Riigikantselei, lk 147
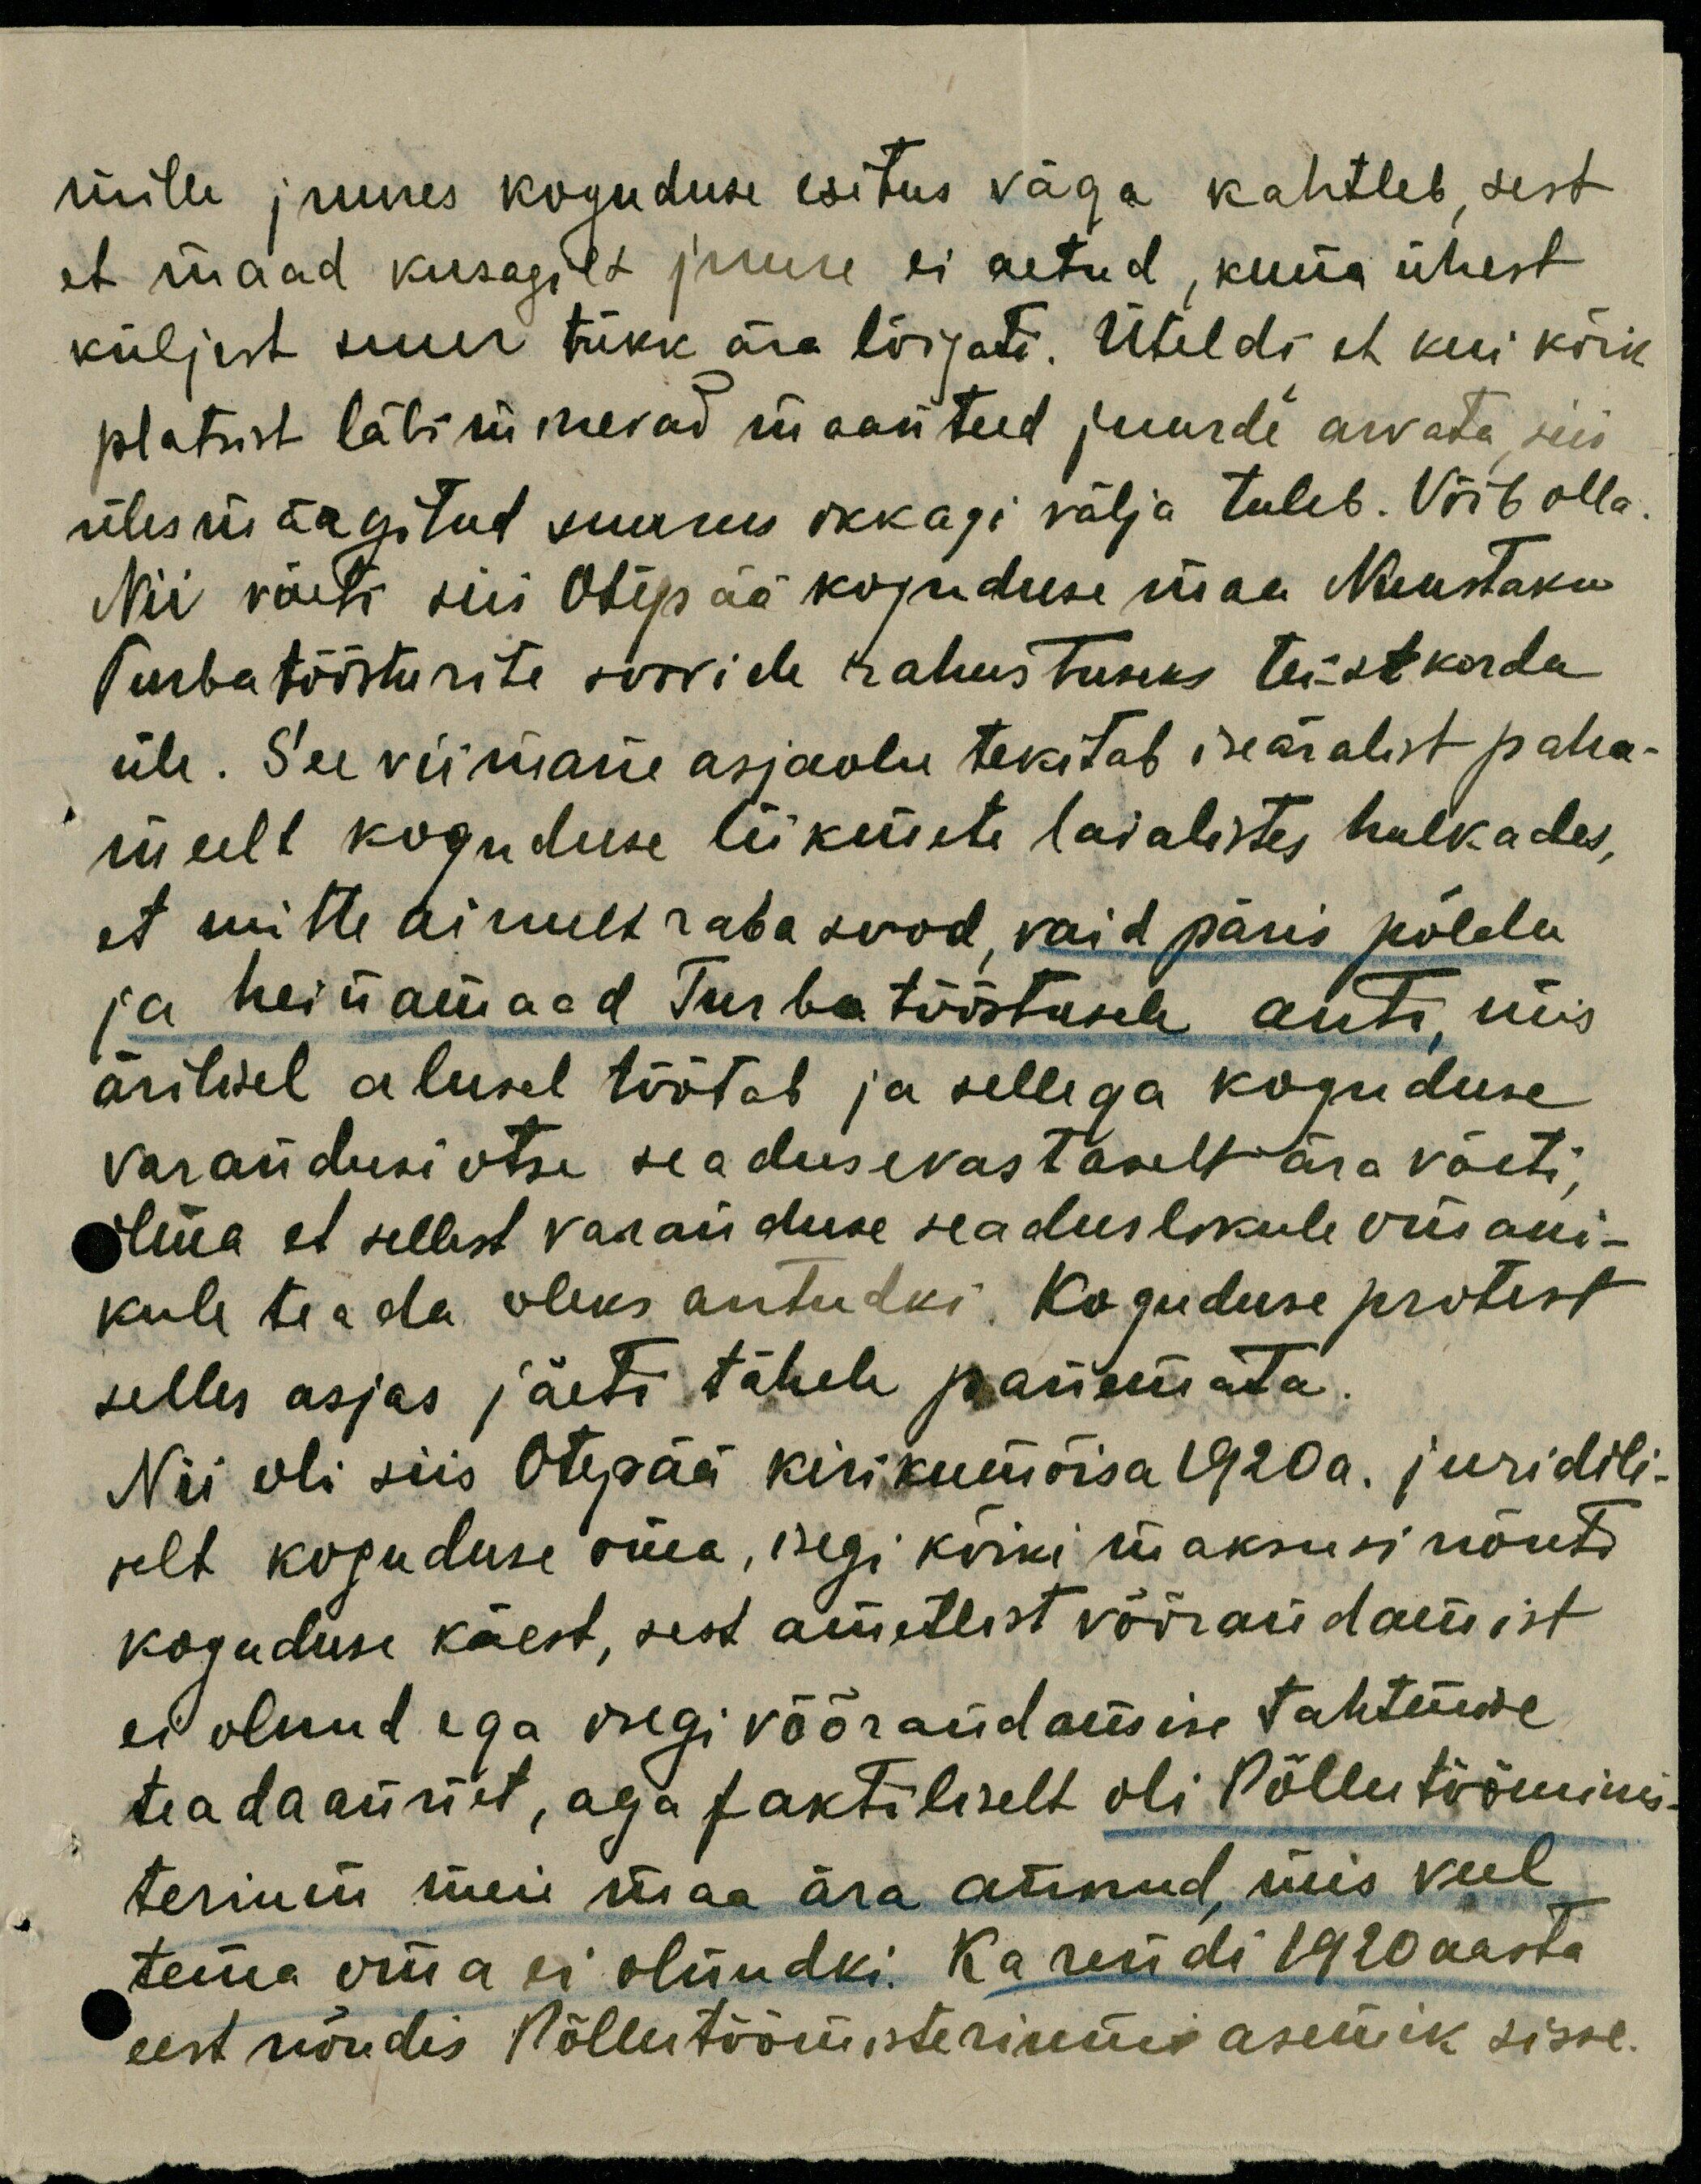
mille juures koguduse esitus väga kahtleb, sest
et maad kusagilt juure ei aetud, kuna ühest
küljest suur tükk ära lõigati. Üteldi et kui kõik
platsist läbi minevad maanteed juurde arvata, siis
üles märgitud suurus ikkagi välja tuleb. Võib olla.
Nii võeti siis Otepää koguduse maa Nuustaku
Turbatöösturite soovide rahustuseks teist korda
üle. See viimane asjaolu tekitab iseäralist paha-
meelt koguduse liikmete laialistes hulkades,
et mitte ainult raba sood, vaid päris põldu
ja heinamaad Turbatööstusele anti, mis
ärilisel alusel töötab ja sellega koguduse
varandusi otse seadusevastaselt ära võeti,
ilma et sellest varanduse seaduslikule omani-
kule teada oleks antudki. Koguduse protest
selles asjas jäeti tähele panemata.
Nii oli siis Otepää kirikumõisa 1920 a. juridili-
selt koguduse oma, isegi kõiki maksusi nõuti
koguduse käest, sest ametlist võõrandamist
ei olnud ega isegi võõrandamise tahtmise
teadaannet, aga faktiliselt oli Põllutööminis-
terium meie maa ära annud, mis veel
tema oma ei olnudki. Ka rendi 1920 aasta
eest nõudis Põllutöömisteriumi asemik sisse.